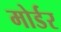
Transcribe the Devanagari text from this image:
मोर्डर